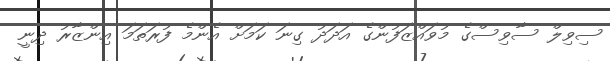
ސިވިލް ސާވިސްގެ މުވައްޒަފުންގެ އަދަދު ގިނަ ކަމަށް އެންމެ ފުރަތަމަ އިންޒާރު ދިނީ